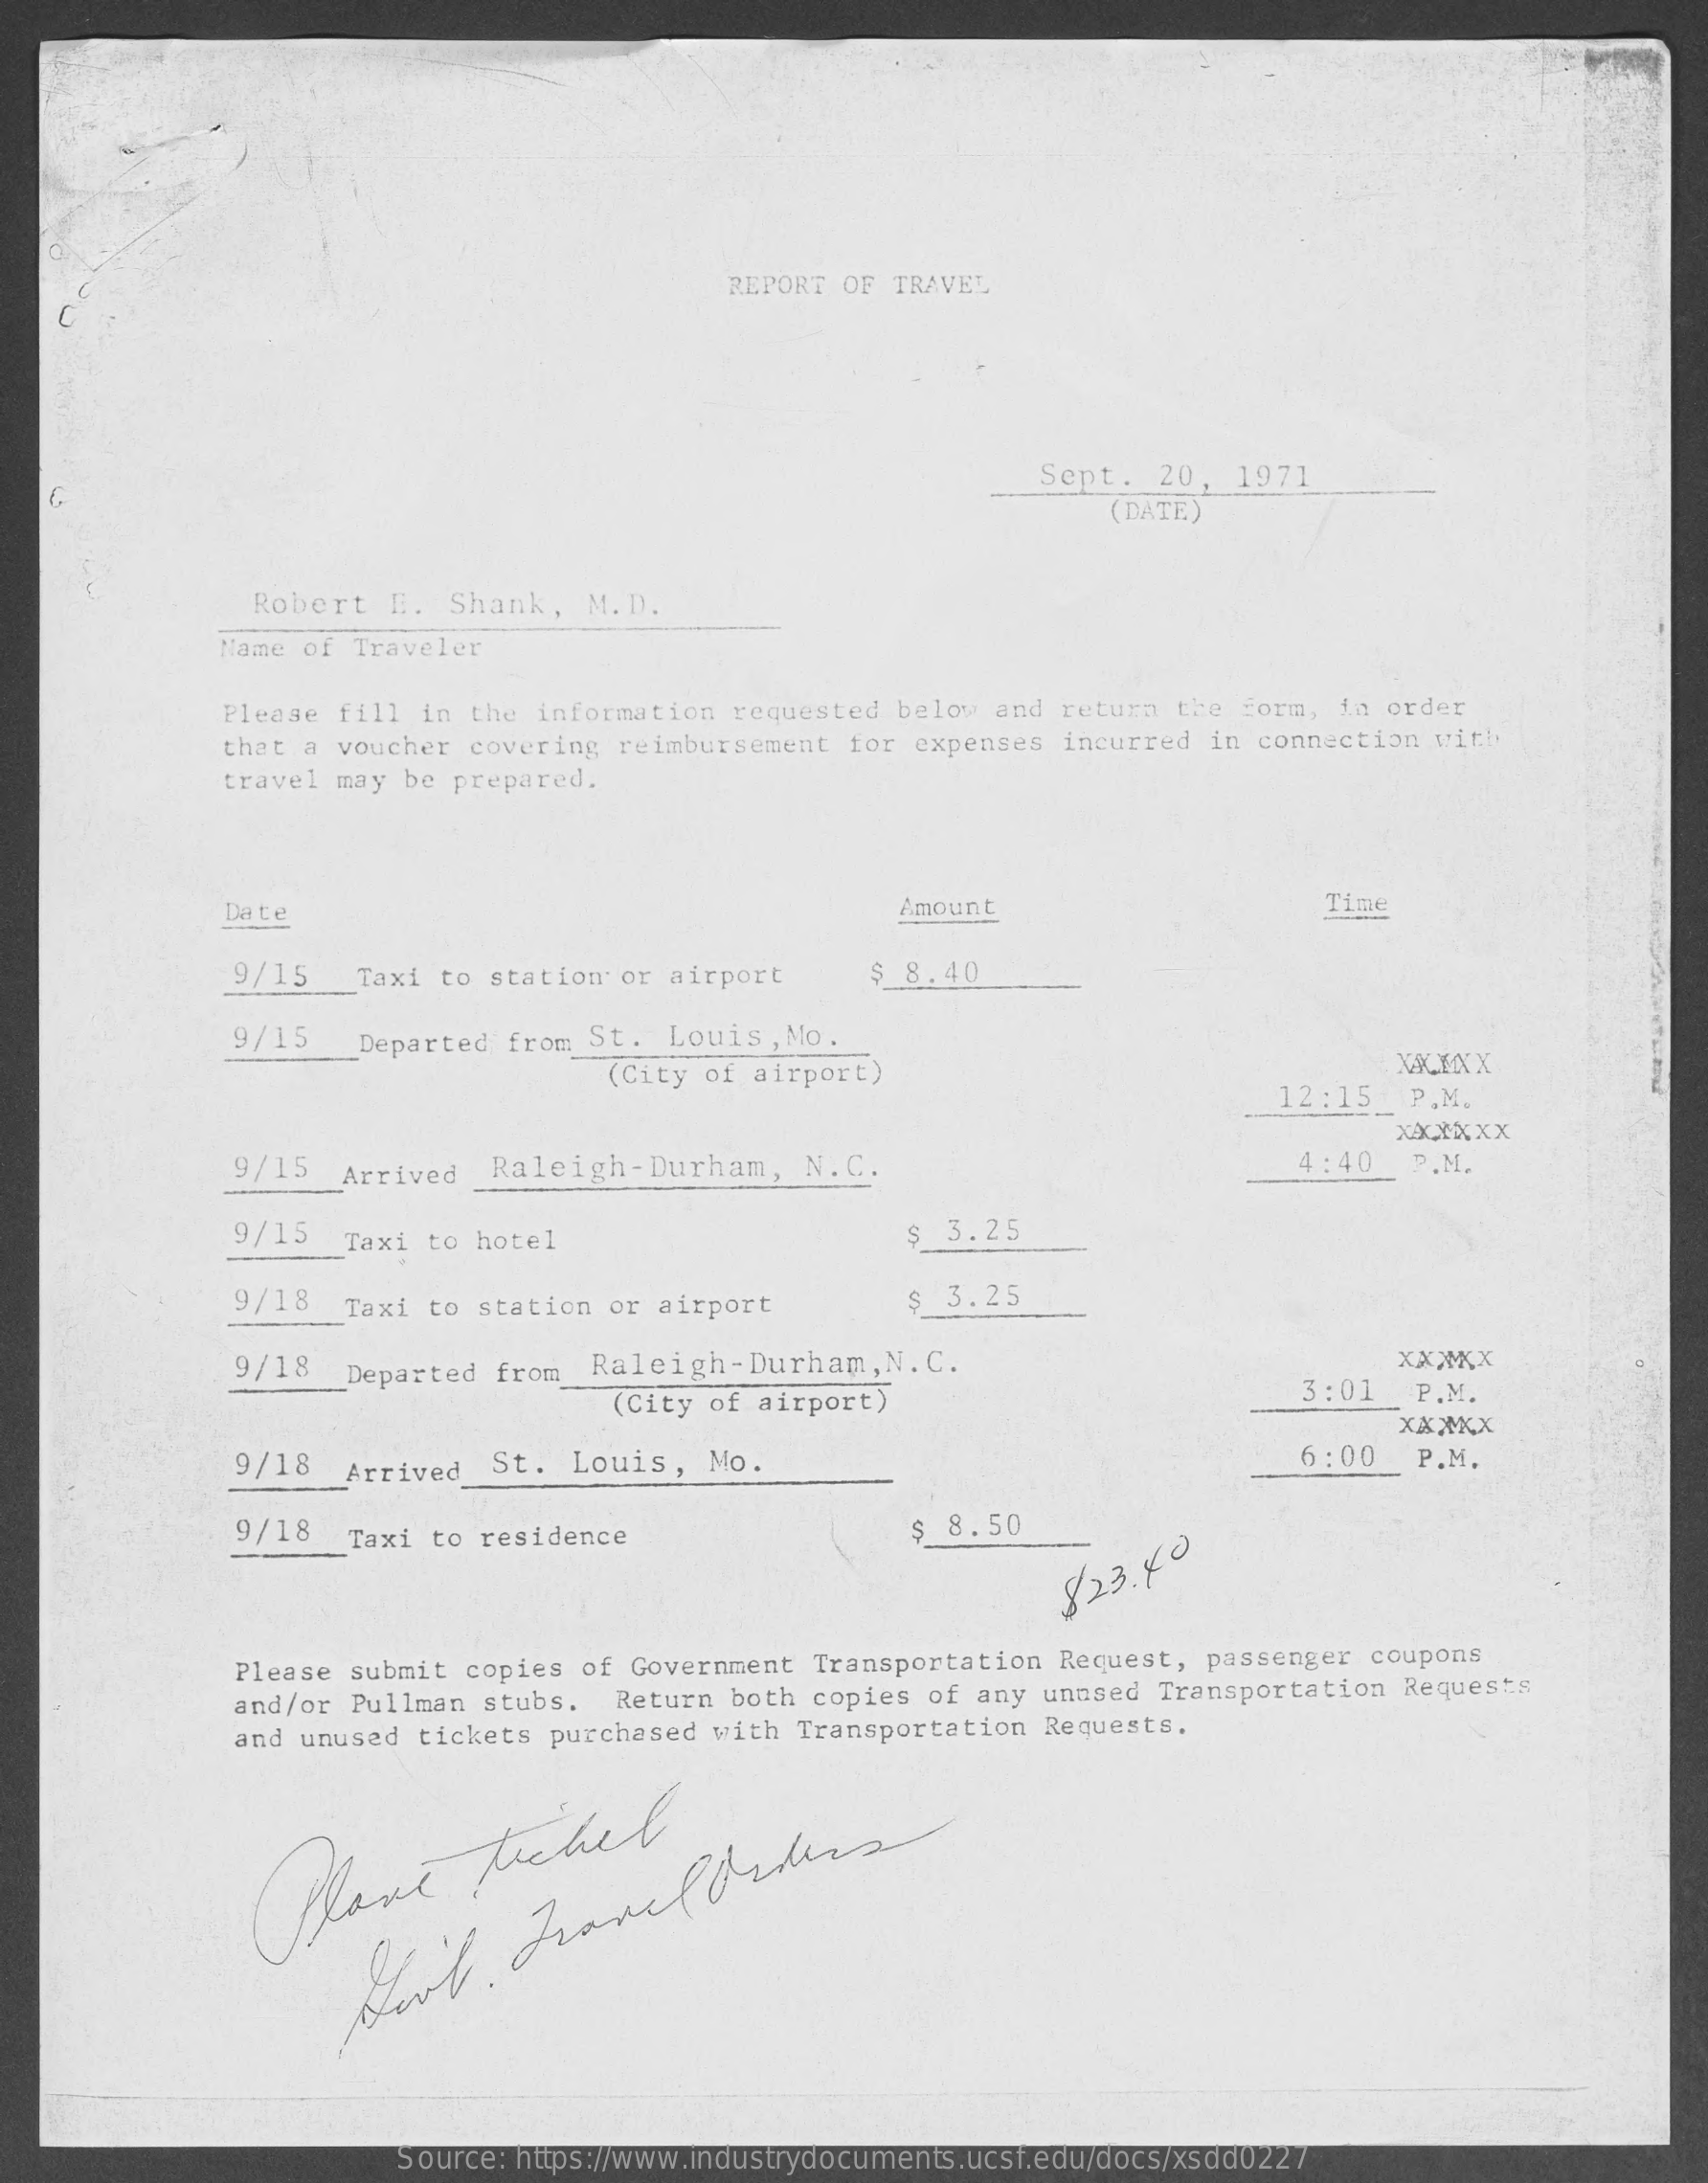
REPORT OF TRAVEL
     Sept. 20, 1971
     (DATE)
     Robert E. Shank, M.D.
     Name of Traveler
     Please fill in the information requested below and return the form, in order
     that a voucher covering reimbursement for expenses incurred in connection with
     travel may be prepared.
     Date    Amount    Time
     9/15   Taxi to station or airport $ 8.40
     9/15   Departed from St. Louis, Mo.
     (City of airport)    XALIXX
     12:15  P.M.
     XXXXXX
     9/15  Arrived Raleigh-Durham, N. C.    4 :40 P.M.
     9/15  Taxi to hotel    $ 3.25
     9/18 Taxi to station or airport    $ 3.25
     9/18 Departed from Raleigh-Durham, N. C.    xxxx
     (City of airport)    3:01  P.M.
     xxXXX
     9/18  Arrived St. Louis, Mo.    6:00  P.M.
     9/18   Taxi to residence    $ 8.50
     823.40
     Please submit copies of Government Transportation Request, passenger coupons
     and/or Pullman stubs. Return both copies of any unnsed Transportation Requests
     and unused tickets purchased with Transportation Requests.
     Have    ticket
     Source: https://www.industrydocuments.ucsf.edu/docs/xsdd0227